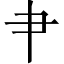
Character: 肀